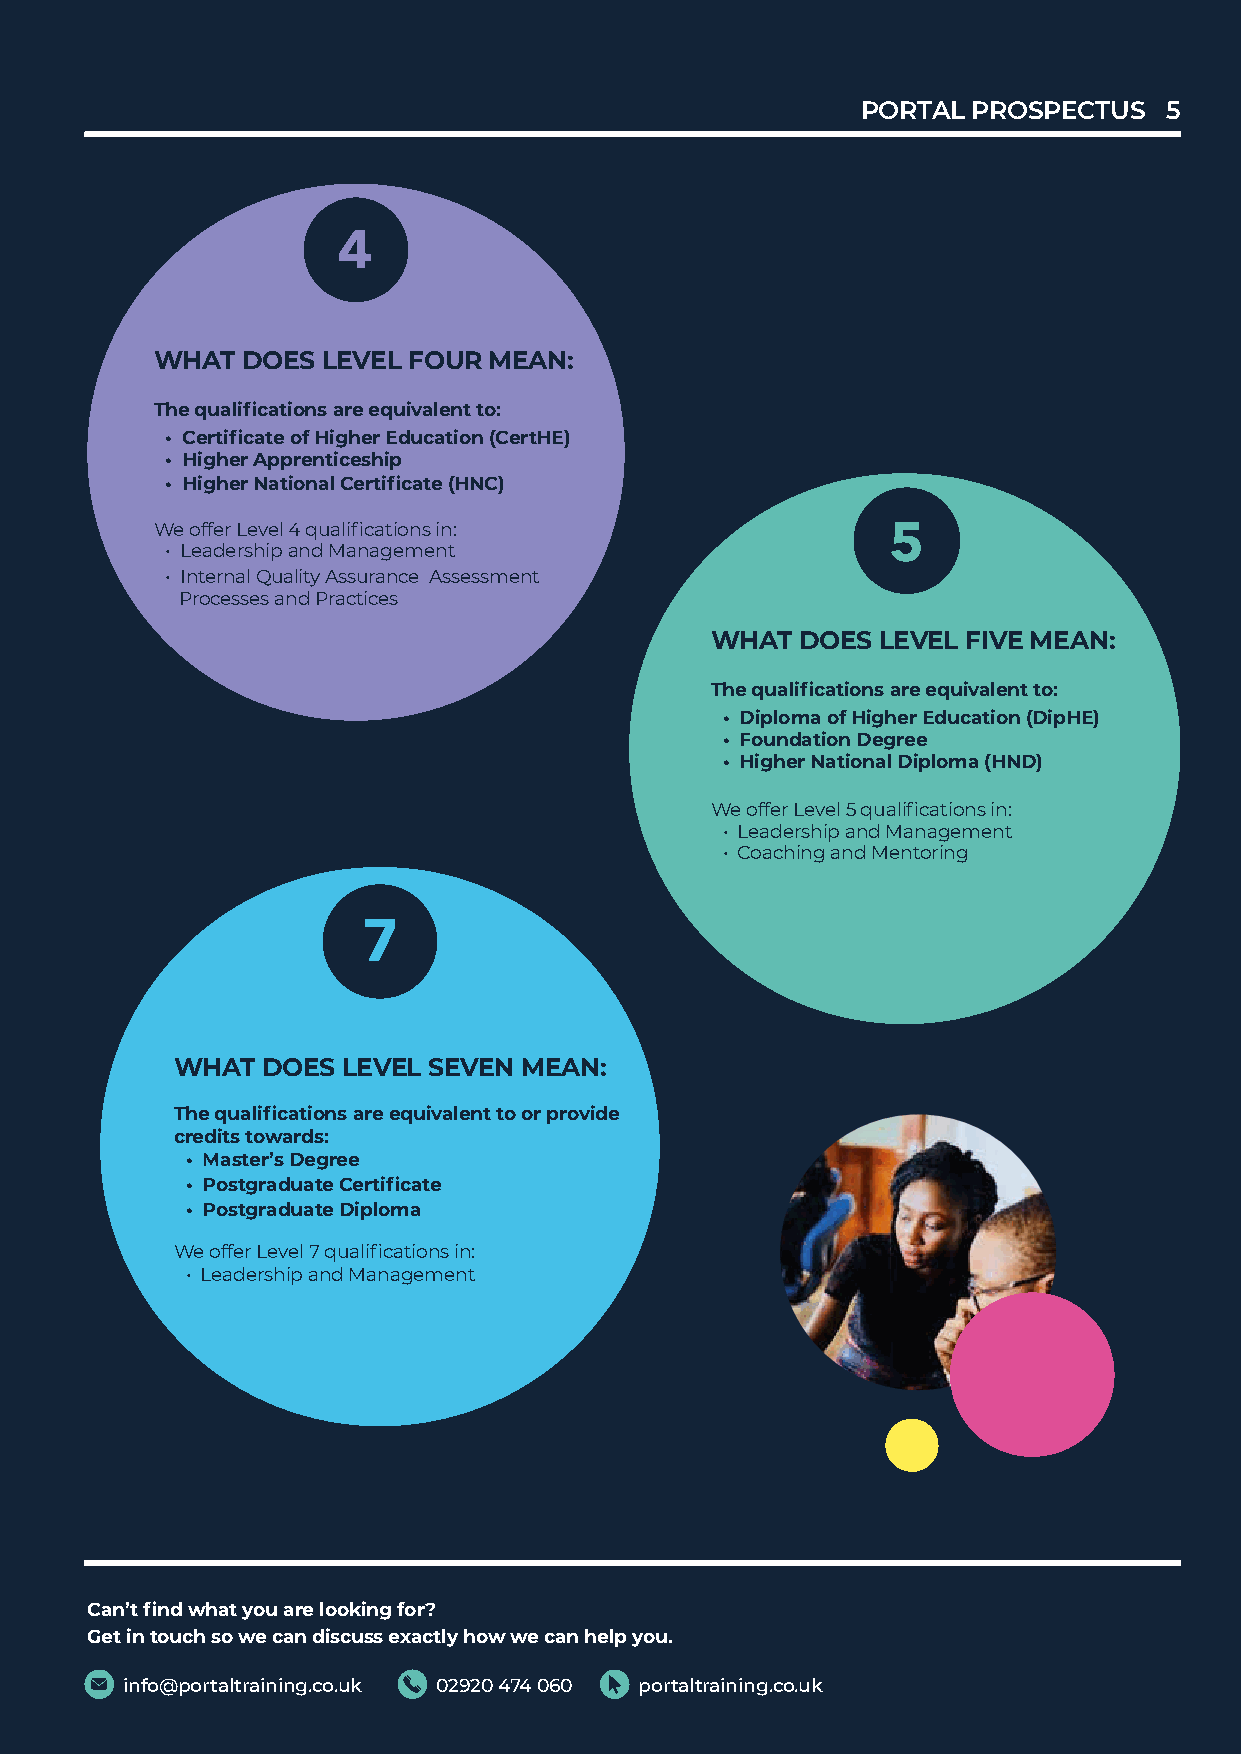
PORTALP PORROTASPL EPCRTOUSSPE5CTUS 5
 4     4
 WHAT  DWOHEAS TL EDVOEELS F LOEUVRE LM FEOAUNR: MEAN:
 The qualifiTchaet iqounasl aifireca etqiounivsa aleren te qtou:ivalent to:
 • Certifica•t eC oefr tHifiigchaeter Eofd Hucigahtieorn E (dCuecrtaHtiEo)n (CertHE)
 • Higher A• p Hpirgehnetirc Aesphpirpenticeship
 • Higher N• a Htiiognhael rC Nearttiifiocnaatl eC (eHrtNifiCc)ate (HNC)
 We offer LeWveel o4f fqeur aLleifivecal 4ti oqnusa ilnifi:cations in:
 5     5
 • Leadersh•i p L eaandde Mrsahnipa gaenmd Menatnagement
 • Internal Q• uInatlietyrn Aasl sQuuraanlictye A Assssuerassnmcee n Ats sessment
 Processe s aPnrodc Pesrasectsi caensd Practices
 WHAT  DWOHEAS TL EDVOEELS F LIVEVEE MLE FAIVNE: MEAN:
 The qualifiTchaet iqounasl aifireca etqiounivsa aleren te qtou:ivalent to:
 • Diploma• o Df iHpilgohmear Eofd Hucigahtieorn E (dDuipcHatEio)n (DipHE)
 • Foundat•i o Fno Dunegdraeteion Degree
 • Higher N• a Htiiognhael rD Nipaltoiomnaa l( HDNipDlo)ma (HND)
 We offer LeWveel o5f fqeur aLleifivceal t5i oqnusa ilnifi:cations in:
 • Leadersh•i p L eaandde Mrsahnipa gaenmd Menatnagement
 • Coaching• aCnoda cMheinngto arnindg Mentoring
 7     7
 WHAT  DWOHEAS TL EDVOEELS S LEEVVEENL MSEEVAENN: MEAN:
 The qualifiTchaet iqounasl aifireca etqiounivsa aleren te qtou iovra plernotv itdoe o r provide
 credits towcraerddist:s towards:
 • Master’s• D Meagsreteer ’s Degree
 • Postgrad• u Paotest Cgerartdifiuactaet eCertificate
 • Postgrad• u Paotest Dgripaldoumaate Diploma
 We offer LeWveel o7f fqeur aLleifivceal t7i oqnusa ilnifi:cations in:
 • Leadersh•i p L eaandde Mrsahnipa gaenmd Menatnagement
 Can’t findC wahna’tt fiynodu warhea lot oyokuin agr feo lro?o king for?
 Get in toucGhe ts oin w toeu ccahn s doi swceu scsa enx daicstcluy shso ewx awcetl yc ahno whe wlpe y coaun. help you.
 info@portainltfroa@inpinogrt.caolt.ruakining.co.u0k2920 4740 0269020 474 0p6o0rtaltrainpinogrt.caolt.ruakining.co.uk